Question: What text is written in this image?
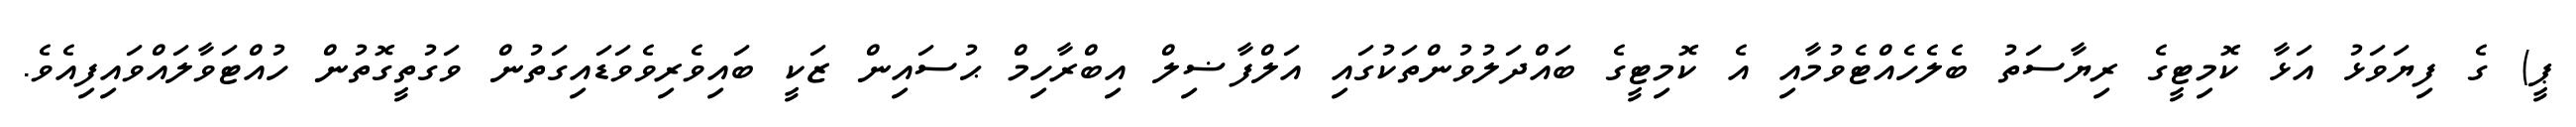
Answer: ޕީ) ގެ ފިޔަވަޅު އަޅާ ކޮމިޓީގެ ރިޔާސަތު ބެލެހެއްޓެވުމާއި އެ ކޮމިޓީގެ ބައްދަލުވުންތަކުގައި އަލްފާޟިލް އިބްރާހިމް ޙުސައިން ޒަކީ ބައިވެރިވެވަޑައިގަތުން ވަގުތީގޮތުން ހުއްޓަވާލައްވައިފިއެވެ.